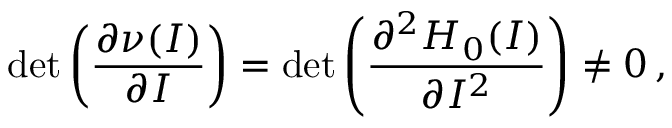
\operatorname* { d e t } \left( \frac { \partial \nu ( I ) } { \partial I } \right) = \operatorname* { d e t } \left( \frac { \partial ^ { 2 } H _ { 0 } ( I ) } { \partial I ^ { 2 } } \right) \neq 0 \, ,